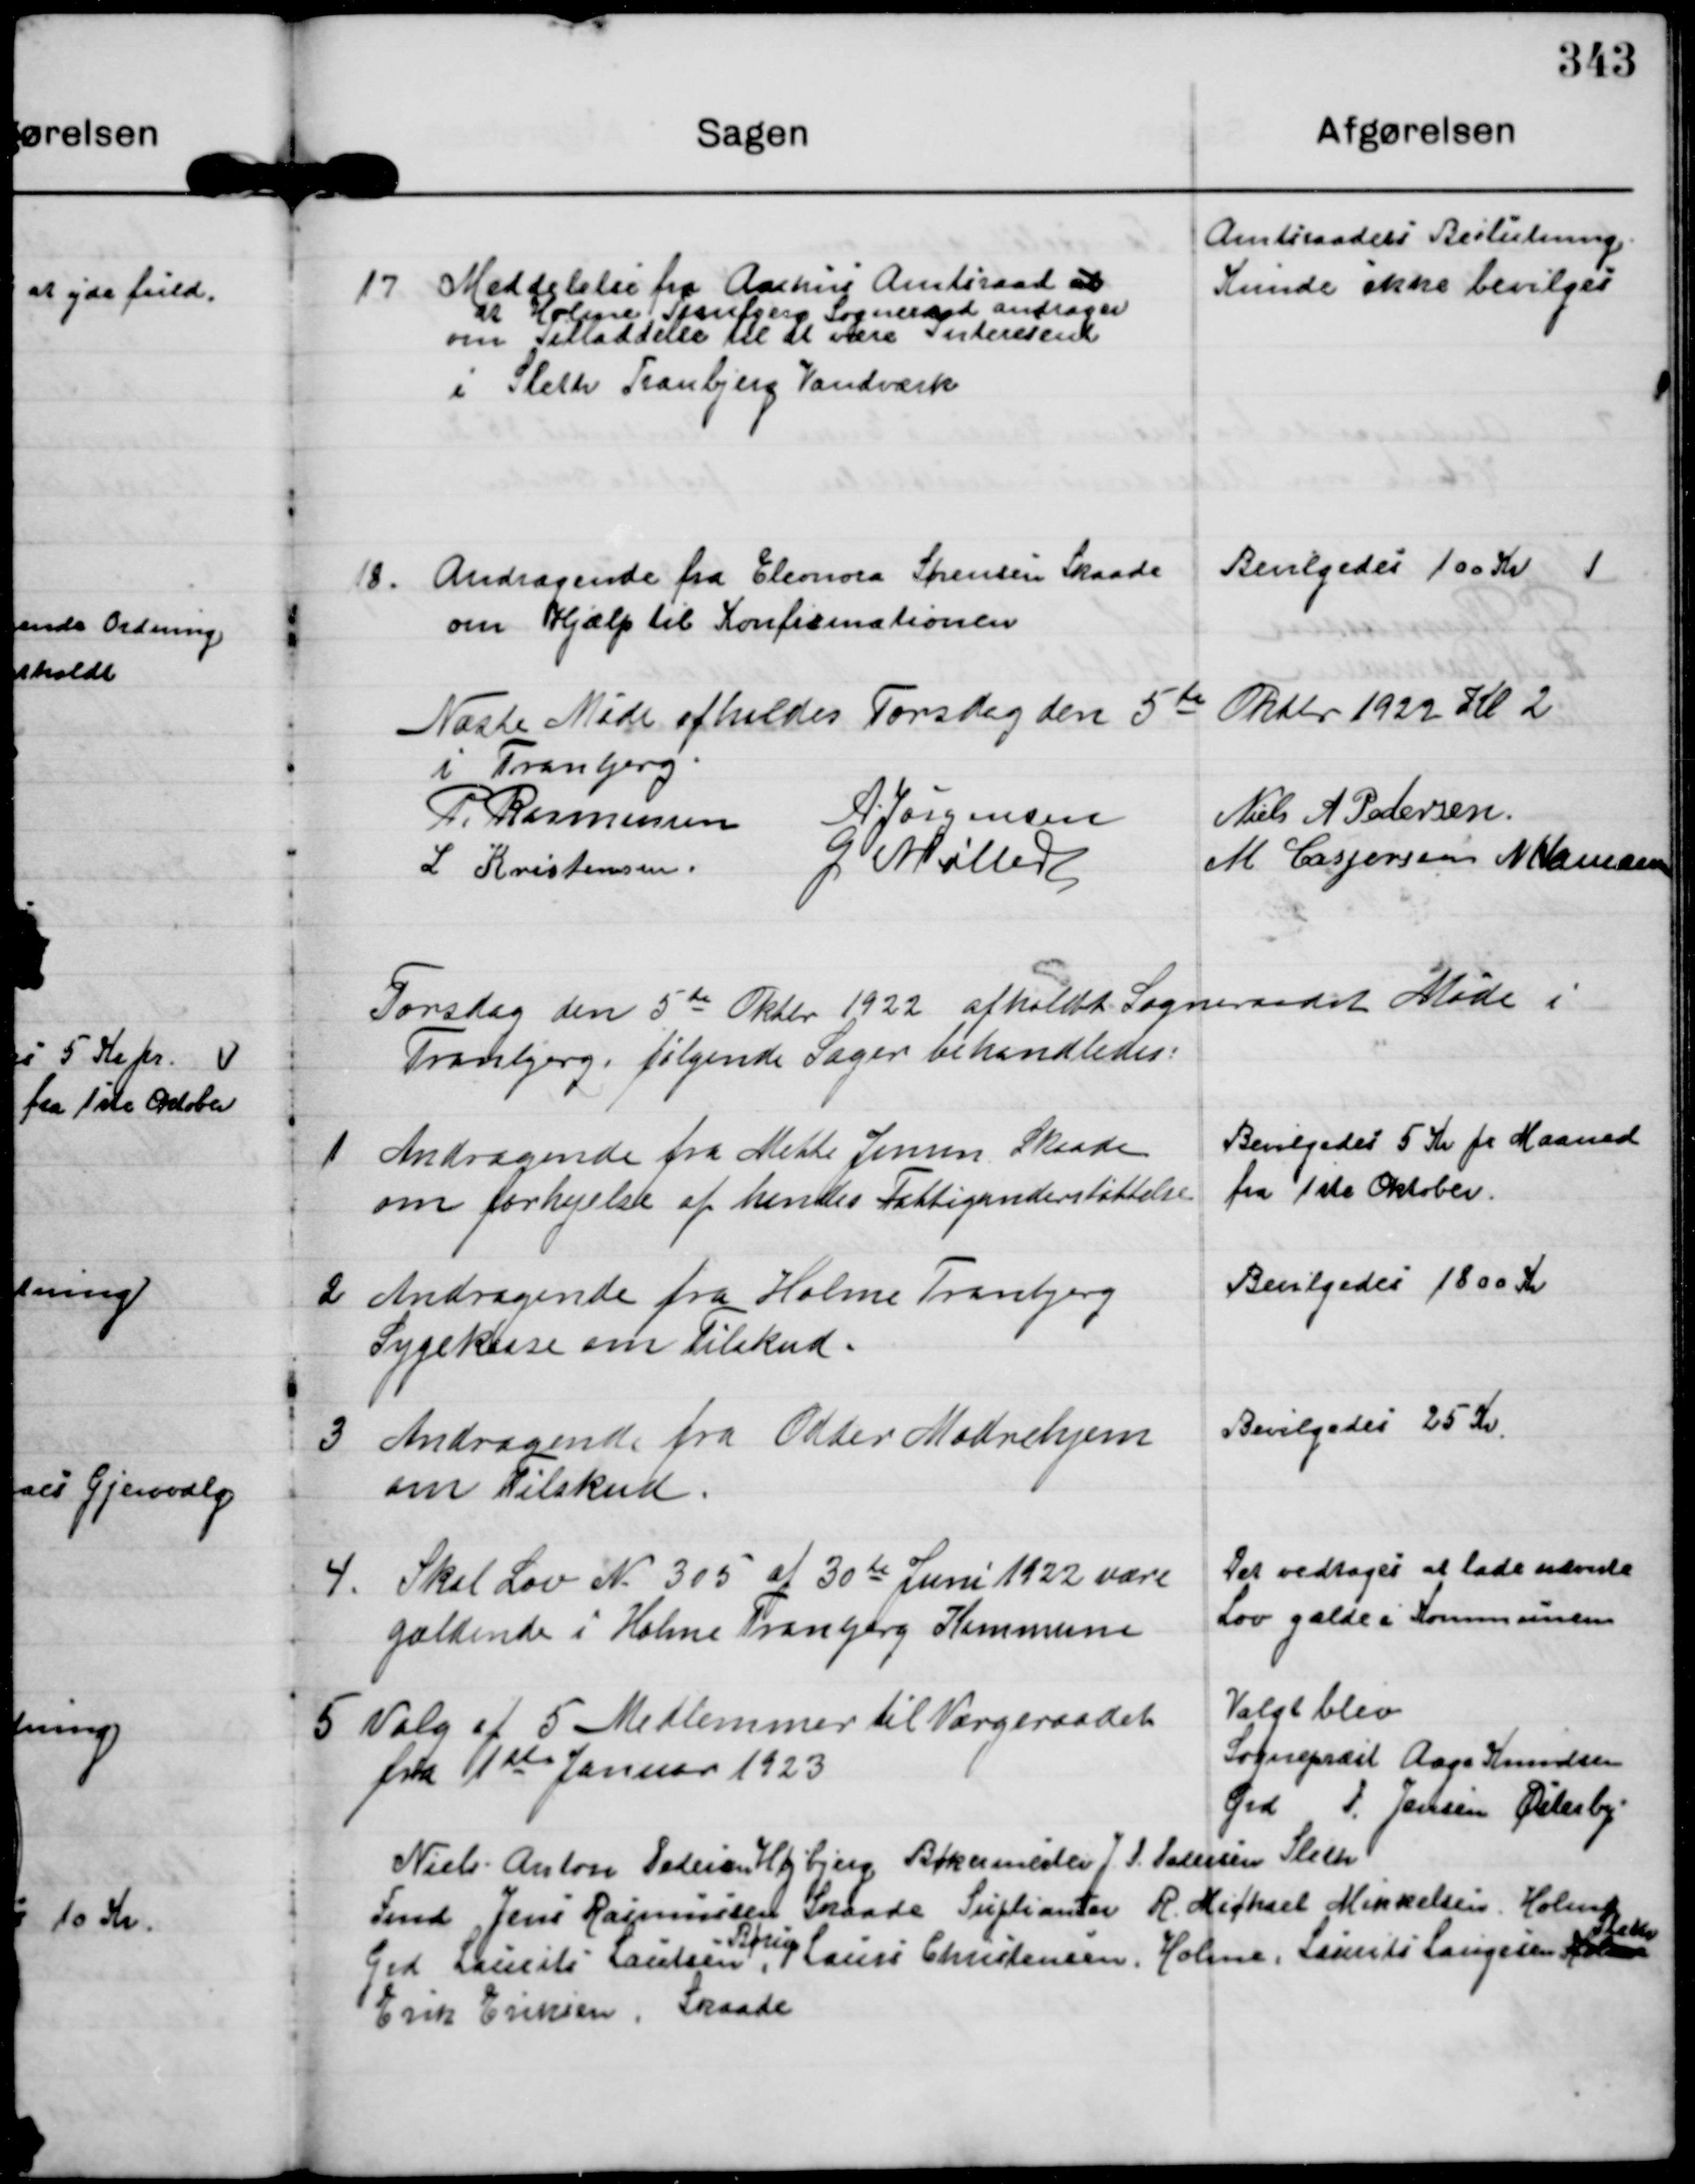
Transskription:
17 Meddelelse fra Aarhus Amtsraad.
at Holme Tranbjerg Sogneraad andrager
om Tilladdelse til at være Interessent
i Sleth Tranbjerg Vandværk

Amtsraadets Beslutning
Kunde ikke bevilges

18. Andragende fra Eleonora Sørensen Skaade
om Hjælp til Konfirmationen

Bevilgedes 100 Kr

Næste Møde afholdes Torsdag den 5te Oktbr 1922 Kl 2
i Tranbjerg.

P. Rasmussen A Jørgensen Niels A Pedersen
L Kristensen G Møller M Caspersen  N Hamann

Torsdag den 5te Oktbr 1922 afholdt Sogneraadet Møde i
Tranbjerg, følgende Sager behandledes.

1 Andragende fra Mette Jensen Skaade
om forhøjelse af hendes Fattigunderstøttelse

Bevilgedes 5 Kr pr Maaned
fra 1ste Oktober

2 Andragende fra Holme Tranbjerg
Sygekasse om tilskud.

Bevilgedes 1800 Kr.

3 Andragende fra Odder Mødrehjem
om Tilskud.

Bevilgedes 25 Kr.

4. Skal Lov N 305 af 30 te Juni 1922 være
gældende i Holme Tranbjerg Kommune

Det vedtoges at lade nævnte
Lov gælde i Kommunen

5 Valg af 5 Medlemmer til Værgeraadet
fra 1ste Januar 1923

Valgt blev
Sognepræst Aage Knudsen
Grd J. Jensen Østerby

Niels Anton Pedersen Højbjerg Bødkermester J P Pedersen Sleth
Fmd Jens Rasmussen Skaade Suplianter R. Michael Mikkelsen Holme

Grd Laurits Laustsen Børup Laurs Christensen, Holme, Laurits Laugesen
Sleth
Erik Eriksen, Skaade